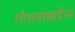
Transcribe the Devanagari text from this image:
गौतमाबाईंना